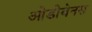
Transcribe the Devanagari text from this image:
ओडोबेनस